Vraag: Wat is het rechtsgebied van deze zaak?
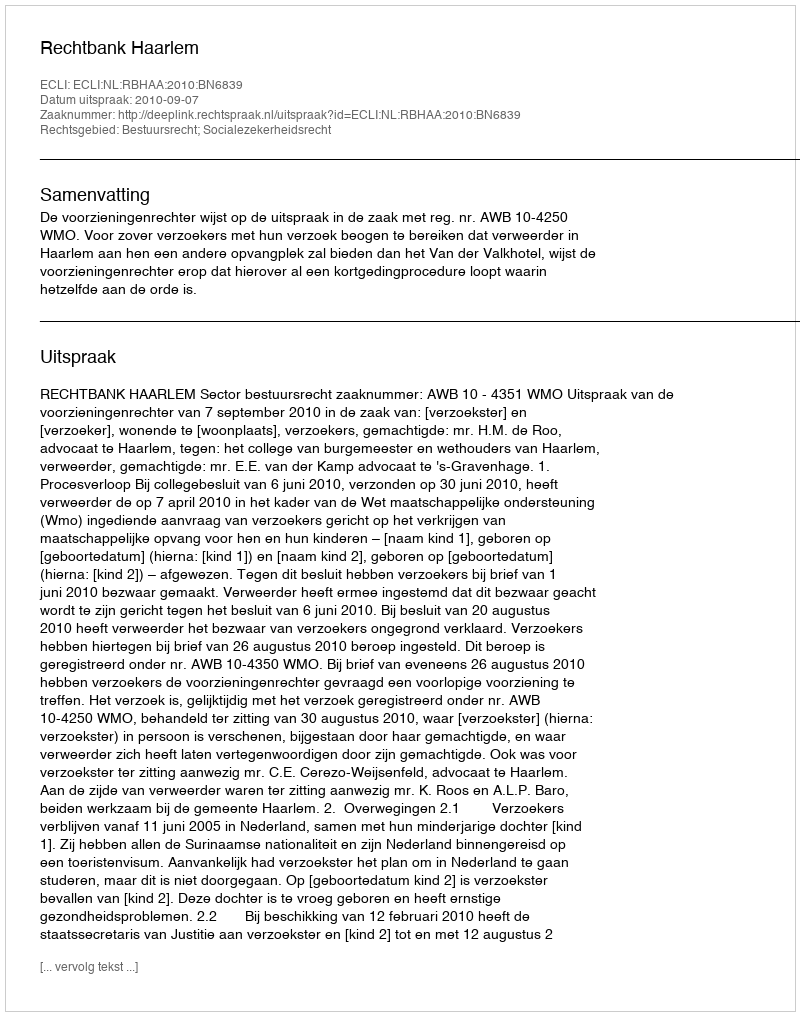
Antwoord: Bestuursrecht; Socialezekerheidsrecht